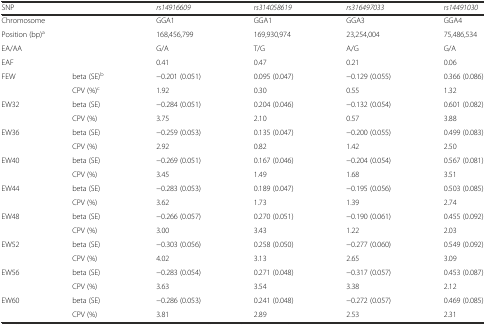
<table><thead><tr><td colspan="2"><b>SNP</b></td><td><b><i>rs14916609</i></b></td><td><b><i>rs314058619</i></b></td><td><b><i>rs316497033</i></b></td><td><b><i>rs14491030</i></b></td></tr></thead><tbody><tr><td colspan="2">Chromosome</td><td>GGA1</td><td>GGA1</td><td>GGA3</td><td>GGA4</td></tr><tr><td colspan="2">Position (bp)<sup>a</sup></td><td>168,456,799</td><td>169,930,974</td><td>23,254,004</td><td>75,486,534</td></tr><tr><td colspan="2">EA/AA</td><td>G/A</td><td>T/G</td><td>A/G</td><td>G/A</td></tr><tr><td colspan="2">EAF</td><td>0.41</td><td>0.47</td><td>0.21</td><td>0.06</td></tr><tr><td rowspan="2">FEW</td><td>beta (SE)<sup>b</sup></td><td>−0.201 (0.051)</td><td>0.095 (0.047)</td><td>−0.129 (0.055)</td><td>0.366 (0.086)</td></tr><tr><td>CPV (%)<sup>c</sup></td><td>1.92</td><td>0.30</td><td>0.55</td><td>1.32</td></tr><tr><td rowspan="2">EW32</td><td>beta (SE)</td><td>−0.284 (0.051)</td><td>0.204 (0.046)</td><td>−0.132 (0.054)</td><td>0.601 (0.082)</td></tr><tr><td>CPV (%)</td><td>3.75</td><td>2.10</td><td>0.57</td><td>3.88</td></tr><tr><td rowspan="2">EW36</td><td>beta (SE)</td><td>−0.259 (0.053)</td><td>0.135 (0.047)</td><td>−0.200 (0.055)</td><td>0.499 (0.083)</td></tr><tr><td>CPV (%)</td><td>2.92</td><td>0.82</td><td>1.42</td><td>2.50</td></tr><tr><td rowspan="2">EW40</td><td>beta (SE)</td><td>−0.269 (0.051)</td><td>0.167 (0.046)</td><td>−0.204 (0.054)</td><td>0.567 (0.081)</td></tr><tr><td>CPV (%)</td><td>3.45</td><td>1.49</td><td>1.68</td><td>3.51</td></tr><tr><td rowspan="2">EW44</td><td>beta (SE)</td><td>−0.283 (0.053)</td><td>0.189 (0.047)</td><td>−0.195 (0.056)</td><td>0.503 (0.085)</td></tr><tr><td>CPV (%)</td><td>3.62</td><td>1.73</td><td>1.39</td><td>2.74</td></tr><tr><td rowspan="2">EW48</td><td>beta (SE)</td><td>−0.266 (0.057)</td><td>0.270 (0.051)</td><td>−0.190 (0.061)</td><td>0.455 (0.092)</td></tr><tr><td>CPV (%)</td><td>3.00</td><td>3.43</td><td>1.22</td><td>2.03</td></tr><tr><td rowspan="2">EW52</td><td>beta (SE)</td><td>−0.303 (0.056)</td><td>0.258 (0.050)</td><td>−0.277 (0.060)</td><td>0.549 (0.092)</td></tr><tr><td>CPV (%)</td><td>4.02</td><td>3.13</td><td>2.65</td><td>3.09</td></tr><tr><td rowspan="2">EW56</td><td>beta (SE)</td><td>−0.283 (0.054)</td><td>0.271 (0.048)</td><td>−0.317 (0.057)</td><td>0.453 (0.087)</td></tr><tr><td>CPV (%)</td><td>3.63</td><td>3.54</td><td>3.38</td><td>2.12</td></tr><tr><td rowspan="2">EW60</td><td>beta (SE)</td><td>−0.286 (0.053)</td><td>0.241 (0.048)</td><td>−0.272 (0.057)</td><td>0.469 (0.085)</td></tr><tr><td>CPV (%)</td><td>3.81</td><td>2.89</td><td>2.53</td><td>2.31</td></tr></tbody></table>